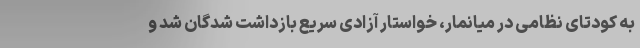
به کودتای نظامی در میانمار، خواستار آزادی سریع بازداشت شدگان شد و